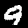
Label: 9